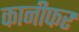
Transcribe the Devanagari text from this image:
कानीफर